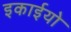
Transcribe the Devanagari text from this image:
इकाईयो